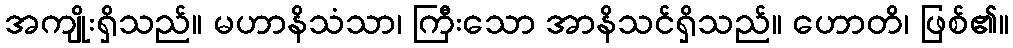
အကျိုးရှိသည်။ မဟာနိသံသာ၊ ကြီးသော အာနိသင်ရှိသည်။ ဟောတိ၊ ဖြစ်၏။